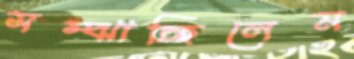
সম্‌ঝাচ্ছিলেম